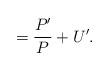
LaTeX: \begin{align*}=\frac{P'}{P} +U'. \end{align*}